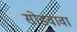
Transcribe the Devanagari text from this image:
सोडवावा